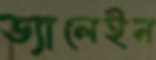
ড্যালেইন